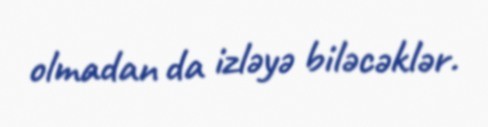
olmadan da izləyə biləcəklər.